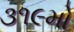
૩૧૯મો